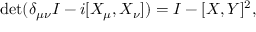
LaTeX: \operatorname * { d e t } ( \delta _ { \mu \nu } I - i [ X _ { \mu } , X _ { \nu } ] ) = I - [ X , Y ] ^ { 2 } ,